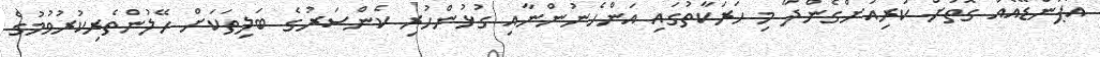
އޯޕަންޑޭއެއް ގޮތަށް ކުރިއަށްގެންދާ މި ހަރަކާތުގައި އަންހެނުންނާއި ގުޅުންހުރި ކެންސަރުގެ ބަލިތަކަށް ހޭލުންތެރިކުރުވުމުގެ